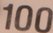
100